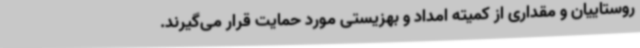
روستاییان و مقداری از کمیته امداد و بهزیستی مورد حمایت قرار می‌گیرند.